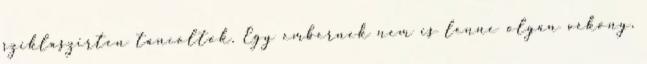
sziklaszirten táncoltok. Egy embernek nem is lenne olyan vékony,